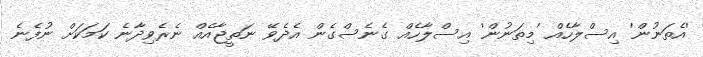
'އެތަނުން' އިސްލާހެއް 'މިތަނުން' އިސްލާހެއް ގެނެސްގެން އެދެވޭ ނަތީޖާއެއް ނެރެވިދާނެ ކަމަކަށް ނުފެނެ